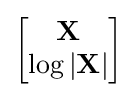
{\begin{bmatrix}\mathbf {X} \\\log |\mathbf {X} |\end{bmatrix}}